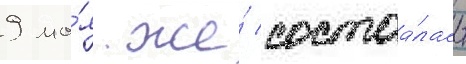
9 ма́я же́ состоа́лась